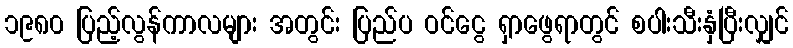
၁၉၈၀ ပြည့်လွန်ကာလများ အတွင်း ပြည်ပ ဝင်ငွေ ရှာဖွေရာတွင် စပါးသီးနှံပြီးလျှင်